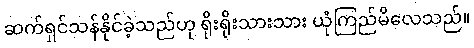
ဆက်ရှင်သန်နိုင်ခဲ့သည်ဟု ရိုးရိုးသားသား ယုံကြည်မိလေသည်။